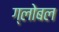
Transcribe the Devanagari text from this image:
ग्लोबल